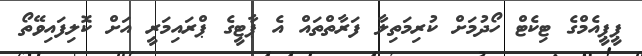
ޕީޕީއެމްގެ ޓިކެޓް ހޯދުމަށް ކުރިމަތިލާ ފަރާތްތައް އެ ޕާޓީގެ ޕްރައިމަރީ އަށް ކޮލިފައިވޭތޯ